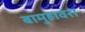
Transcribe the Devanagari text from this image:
बामुहावरा